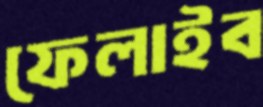
ফেলাইব